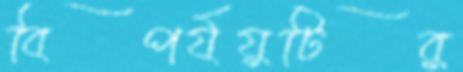
বিপর্যয়টির